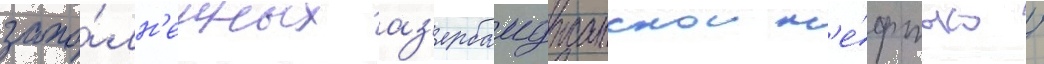
запо́лн'енных аз'ербаиджанскои н'е́фтью /